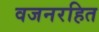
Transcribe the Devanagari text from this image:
वजनरहित